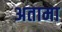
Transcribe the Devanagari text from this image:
अतामा